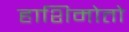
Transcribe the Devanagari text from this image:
हाशिमोतो